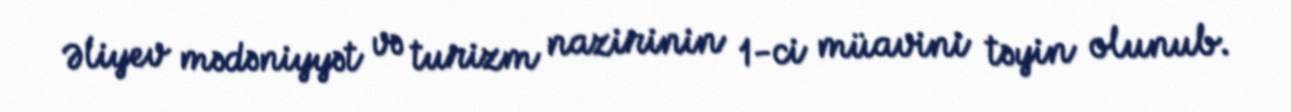
Əliyev mədəniyyət və turizm nazirinin 1-ci müavini təyin olunub.